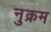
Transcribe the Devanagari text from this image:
नुक्रम